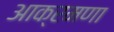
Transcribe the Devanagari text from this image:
आक्रमणा